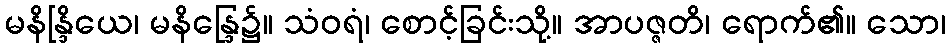
မနိန္ဒြိယေ၊ မနိန္ဒြေ၌။ သံဝရံ၊ စောင့်ခြင်းသို့။ အာပဇ္ဇတိ၊ ရောက်၏။ သော၊